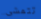
تتمشى